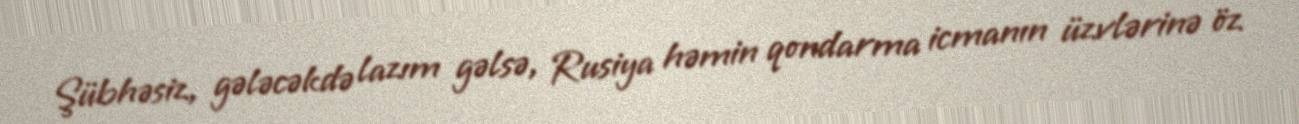
Şübhəsiz, gələcəkdə lazım gəlsə, Rusiya həmin qondarma icmanın üzvlərinə öz